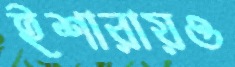
ইশারায়ও